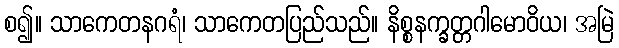
စ၍။ သာကေတနဂရံ၊ သာကေတပြည်သည်။ နိစ္စနက္ခတ္တဂါမောဝိယ၊ အမြဲ